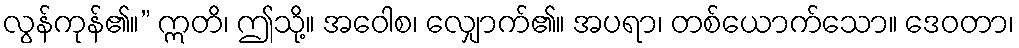
လွန်ကုန်၏။” ဣတိ၊ ဤသို့။ အဝေါစ၊ လျှောက်၏။ အပရာ၊ တစ်ယောက်သော။ ဒေဝတာ၊